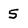
Character: 5